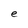
Character: r